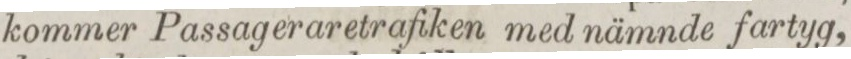
kommer Passageraretrafiken med nämnde fartyg,